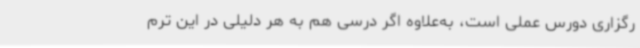
رگزاری دورس عملی است، به‌علاوه اگر درسی هم به هر دلیلی در این ترم